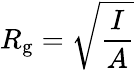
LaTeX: R_{\mathrm{g}}={\sqrt{\frac{I}{A}}}